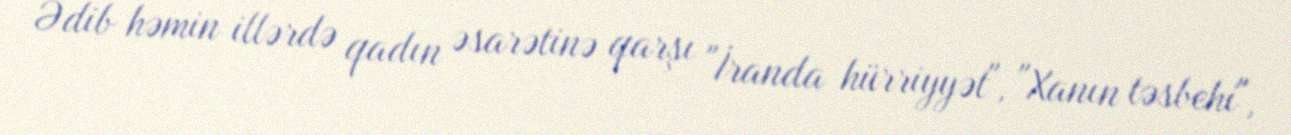
Ədib həmin illərdə qadın əsarətinə qarşı "İranda hürriyyət", "Xanın təsbehi",